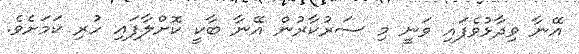
އޭނާ ވިދާޅުވެފައި ވަނީ މި ސަރުކާރުން އޭނާ ބާކީ ކޮށްލާފައި ހުރި ކަމަށެވެ.